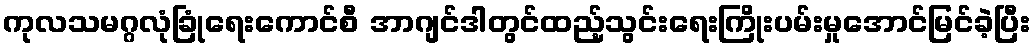
ကုလသမဂ္ဂလုံခြုံရေးကောင်စီ အာဂျင်ဒါတွင်ထည့်သွင်းရေးကြိုးပမ်းမှုအောင်မြင်ခဲ့ပြီး